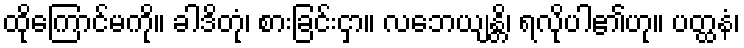
ထိုကြောင်မကို။ ခါဒိတုံ၊ စားခြင်းငှာ။ လဘေယျန္တိ၊ ရလိုပါ၏ဟု။ ပတ္ထနံ၊